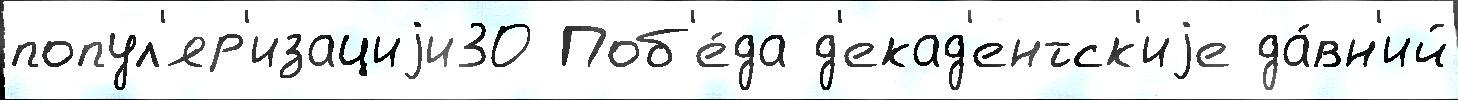
попул'яр'изациjи30 Поб'е́да д'екад'ентск'иjе да́вн'ий